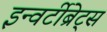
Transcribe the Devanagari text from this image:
इन्वर्टीब्रेट्स